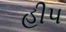
હીપ